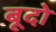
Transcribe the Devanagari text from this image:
बूदो